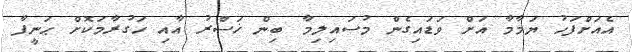
އެއަށްފަހު ޔަމާމާ އަށް ވަޑައިގެން މުސައިލިމާ ބިން ޚަސްރު އާއި ހަގުރާމަކޮށް ޙަނީފާ